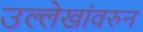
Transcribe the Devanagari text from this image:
उल्लेखांवरुन